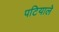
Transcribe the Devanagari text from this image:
पटियाले